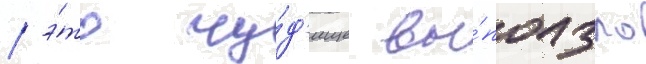
/ э́то чу́д'ище вы́ползло